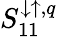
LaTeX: S_{11}^{\downarrow\uparrow,q}